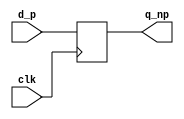
//**************************************************************************
// Verilog Components: State Elements
//--------------------------------------------------------------------------
// $Id: vcStateElements.v,v 1.1.1.1 2006/02/17 23:57:17 cbatten Exp $
//

//--------------------------------------------------------------------------
// Postive-edge triggered flip-flop 
//--------------------------------------------------------------------------

module vcDFF_pf #( parameter W = 1 ) 
(
  input              clk,      // Clock input 
  input      [W-1:0] d_p,      // Data input (sampled on rising clk edge)
  output reg [W-1:0] q_np      // Data output
);   

  always @( posedge clk ) 
    q_np <= d_p;

endmodule 

//--------------------------------------------------------------------------
// Postive-edge triggered flip-flop with reset 
//--------------------------------------------------------------------------

module vcRDFF_pf #( parameter W = 1, parameter RESET_VALUE = 0 ) 
(
  input              clk,      // Clock input 
  input              reset_p,  // Synchronous reset input (sampled on rising edge)
  input      [W-1:0] d_p,      // Data input (sampled on rising clk edge)
  output reg [W-1:0] q_np      // Data output
);   

  always @( posedge clk )
    if ( reset_p )
      q_np <= RESET_VALUE;
    else
      q_np <= d_p;

endmodule

//--------------------------------------------------------------------------
// Postive-edge triggered flip-flop with enable
//--------------------------------------------------------------------------

module vcEDFF_pf #( parameter W = 1 ) 
(
  input              clk,     // Clock input
  input      [W-1:0] d_p,     // Data input (sampled on rising clk edge)
  input              en_p,    // Enable input (sampled on rising clk edge)
  output reg [W-1:0] q_np     // Data output
);   

  always @( posedge clk )
    if ( en_p ) q_np <= d_p;

endmodule

//--------------------------------------------------------------------------
// Postive-edge triggered flip-flop with enable and reset
//--------------------------------------------------------------------------

module vcERDFF_pf #( parameter W = 1, parameter RESET_VALUE = 0 ) 
(
  input              clk,     // Clock input
  input              reset_p, // Synchronous reset input (sampled on rising edge)
  input      [W-1:0] d_p,     // Data input (sampled on rising clk edge)
  input              en_p,    // Enable input (sampled on rising clk edge)
  output reg [W-1:0] q_np     // Data output
);   

  always @( posedge clk )
    if ( reset_p )
      q_np <= RESET_VALUE;
    else if ( en_p ) 
      q_np <= d_p;

endmodule

//--------------------------------------------------------------------------
// Negative-edge triggered flip-flop 
//--------------------------------------------------------------------------

module vcDFF_nf #( parameter W = 1 ) 
(
  input              clk,     // Clock input 
  input      [W-1:0] d_p,     // Data input (sampled on rising clk edge)
  output reg [W-1:0] q_np     // Data output (sampled on rising clk edge)
);   

  always @( posedge clk ) 
    q_np <= d_p;
  
endmodule

//--------------------------------------------------------------------------
// Negative-edge triggered flip-flop with enable
//--------------------------------------------------------------------------

module vcEDFF_nf #( parameter W = 1 ) 
(
  input              clk,    // Clock input
  input      [W-1:0] d_n,    // Data input (sampled on falling clk edge)
  input              en_n,   // Enable input (sampled on falling clk edge)
  output reg [W-1:0] q_pn    // Data output  
);   

  always @( posedge clk )
    if ( en_n ) q_pn <= d_n;
  
endmodule

//--------------------------------------------------------------------------
// Level-High Latch
//--------------------------------------------------------------------------

module vcLatch_hl #( parameter W = 1 ) 
(
  input              clk,    // Clock input  
  input      [W-1:0] d_n,    // Data input (sampled on falling clk edge)
  output reg [W-1:0] q_np    // Data output
);                           

  always @(*)
    if ( clk ) q_np <= d_n;
  
endmodule

//--------------------------------------------------------------------------
// Level-High Latch with Enable
//--------------------------------------------------------------------------

module vcELatch_hl #( parameter W = 1 ) 
(
  input              clk,    // Clock input
  input              en_p,   // Enable input (sampled on rising clk edge)
  input      [W-1:0] d_n,    // Data input (sampled on falling clk edge)
  output reg [W-1:0] q_np    // Data output
);   

  // We latch the enable signal with a level-low latch to make sure
  // that it is stable for the entire time clock is high.
  
  reg en_latched_pn;
  always @(*)
    if ( ~clk ) en_latched_pn <= en_p;

  always @(*)
     if ( clk && en_latched_pn ) q_np <= d_n;
  
endmodule

//--------------------------------------------------------------------------
// Level-Low Latch
//--------------------------------------------------------------------------

module vcLatch_ll #( parameter W = 1 ) 
(
  input              clk,    // Clock input  
  input      [W-1:0] d_p,    // Data input (sampled on rising clk edge)
  output reg [W-1:0] q_pn    // Data output
);                           

  always @(*)
    if ( ~clk ) q_pn <= d_p;
  
endmodule

//--------------------------------------------------------------------------
// Level-Low Latch with Enable
//--------------------------------------------------------------------------

module vcELatch_ll #( parameter W = 1 ) 
(
  input              clk,    // Clock input
  input              en_n,   // Enable input (sampled on falling clk edge)
  input      [W-1:0] d_p,    // Data input (sampled on rising clk edge)
  output reg [W-1:0] q_pn    // Data output
);   

  // We latch the enable signal with a level-high latch to make sure
  // that it is stable for the entire time clock is low.
  
  reg en_latched_np;
  always @(*)
    if ( clk ) en_latched_np <= en_n;

  always @(*)
     if ( ~clk && en_latched_np ) q_pn <= d_p;
  
endmodule